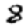
Digit: 8